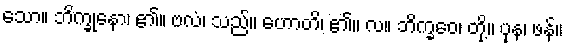
သော။ ဘိက္ခုနော၊ ၏။ ဗလံ၊ သည်။ ဟောတိ၊ ၏။ လ။ ဘိက္ခဝေ၊ တို့။ ပုန၊ ဖန်။